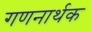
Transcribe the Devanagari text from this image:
गणनार्थक